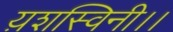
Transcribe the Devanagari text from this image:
य़शस्विनी।।